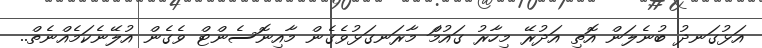
އަޅުގަނދު ބުނެލަން އޮތި އަދުރޭ މިހާރު ގައުމަް މާރަނގަޅުވެގެން މާއިނޮސެންޓް ވެގެން އުލޭނެކަމެއްނެތް..